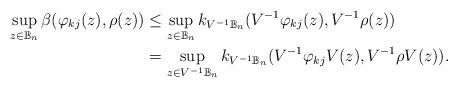
LaTeX: \begin{align*}\sup_{z\in\mathbb{B}_n} \beta(\varphi_{kj} (z),\rho(z))&\leq \sup_{z\in \mathbb{B}_n} k_{V^{-1}\mathbb{B}_n}(V^{-1}\varphi_{kj}(z),V^{-1}\rho (z))\\&= \sup_{z\in V^{-1}\mathbb{B}_n} k_{V^{-1}\mathbb{B}_n}(V^{-1}\varphi_{kj} V(z),V^{-1}\rho V(z)).\end{align*}